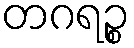
တဂရဉ္စ